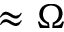
\approx \Omega